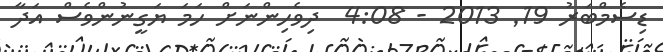
ޑިސެމްބަރު 19